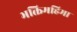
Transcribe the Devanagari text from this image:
भक्तिमहिमा